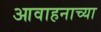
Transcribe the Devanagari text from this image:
आवाहनाच्या